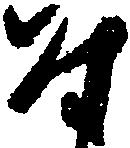
な